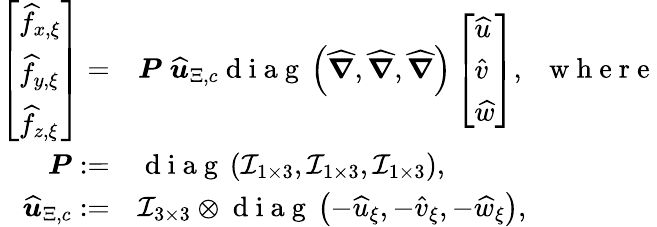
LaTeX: \begin{array}{rl}{\left[\begin{array}{l}{\widehat{f}_{x,\xi}}\\ {\widehat{f}_{y,\xi}}\\ {\widehat{f}_{z,\xi}}\end{array}\right]=}&{{}\boldsymbol{P}\; \boldsymbol{\widehat{u}}_{\Xi,c}\mathrm{~d~i~a~g~}\left(\boldsymbol{\widehat{\nabla}},\boldsymbol{\widehat{\nabla}},\boldsymbol{\widehat{\nabla}}\right)\left[\begin{array}{l}{\widehat{u}}\\ {\widehat{v}}\\ {\widehat{w}}\end{array}\right],\; \; \mathrm{~w~h~e~r~e~}}\\ {\boldsymbol{P}:=}&{{}\mathrm{~d~i~a~g~}\left(\mathcal{I}_{1\times 3},\mathcal{I}_{1\times 3},\mathcal{I}_{1\times 3}\right),}\\ {\boldsymbol{\widehat{u}}_{\Xi,c}:=}&{{}\mathcal{I}_{3\times 3}\otimes\mathrm{~d~i~a~g~}\left(-\widehat{u}_{\xi},-\widehat{v}_{\xi},-\widehat{w}_{\xi}\right),}\end{array}